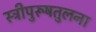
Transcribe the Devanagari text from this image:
स्त्रीपुरूषतुलना